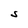
Character: S